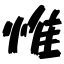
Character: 惟